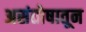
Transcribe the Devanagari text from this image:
असंतोषातून